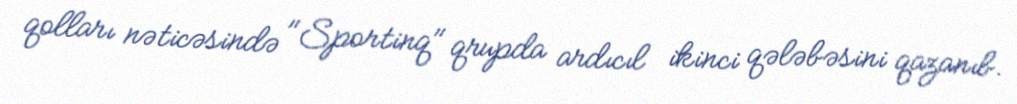
qolları nəticəsində "Sportinq" qrupda ardıcıl ikinci qələbəsini qazanıb.